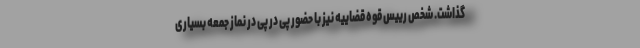
گذاشت. شخص رییس قوه قضاییه نیز با حضور پی در پی در نماز جمعه بسیاری